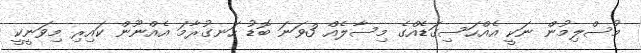
މުސްލިމުން ނަކީ އެއްހަސިގަޑެއްގެ މިސާލެއް 3ވަނަ ބޮޑު ހަނގުރާމަ އެއްނޫން ކައިރި މިވަނީކީ